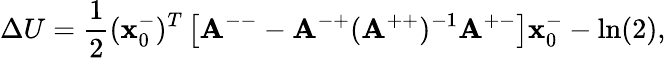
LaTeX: \Delta U=\frac{1}{2}(\mathbf{x}_{0}^{-})^{T}\left[\mathbf{A}^{--}-\mathbf{A}^{-+}(\mathbf{A}^{++})^{-1}\mathbf{A}^{+-}\right]\mathbf{x}_{0}^{-}-\ln(2),